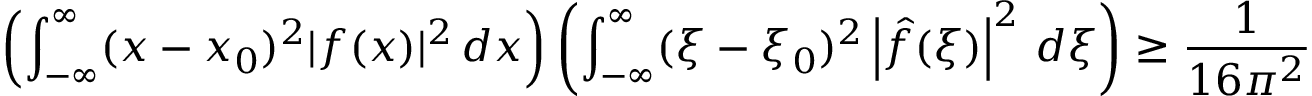
\left( \int _ { - \infty } ^ { \infty } ( x - x _ { 0 } ) ^ { 2 } | f ( x ) | ^ { 2 } \, d x \right) \left( \int _ { - \infty } ^ { \infty } ( \xi - \xi _ { 0 } ) ^ { 2 } \left| { \hat { f } } ( \xi ) \right| ^ { 2 } \, d \xi \right) \geq { \frac { 1 } { 1 6 \pi ^ { 2 } } }